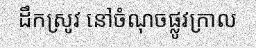
ដឹកស្រូវ នៅចំណុចផ្លូវក្រាល